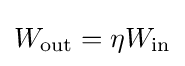
W_{\text{out}}=\eta W_{\text{in}}